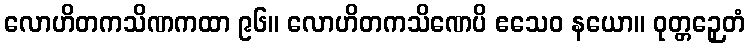
လောဟိတကသိဏကထာ ၉၆။ လောဟိတကသိဏေပိ ဧသေဝ နယော။ ဝုတ္တဉှေတံ